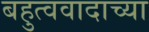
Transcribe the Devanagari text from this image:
बहुत्ववादाच्या